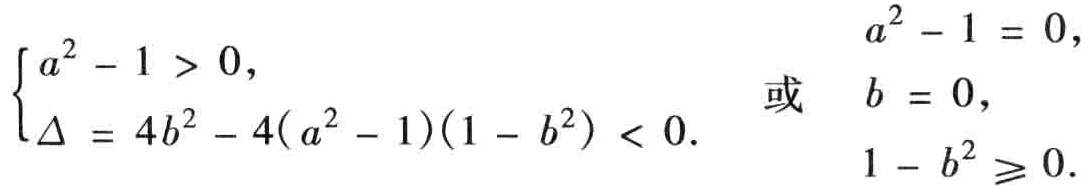
\(\begin{cases}
a^{2}-1 > 0,\\
\Delta = 4b^{2}-4(a^{2}-1)(1 - b^{2}) < 0.
\end{cases}\) 或 \(\begin{cases}
a^{2}-1 = 0,\\
b = 0,\\
1 - b^{2} \geqslant 0.
\end{cases}\)